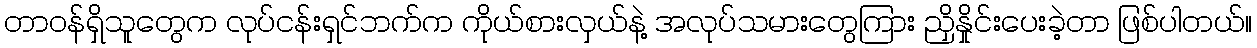
တာဝန်ရှိသူတွေက လုပ်ငန်းရှင်ဘက်က ကိုယ်စားလှယ်နဲ့ အလုပ်သမားတွေကြား ညှိနှိုင်းပေးခဲ့တာ ဖြစ်ပါတယ်။